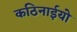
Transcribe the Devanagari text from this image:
कठिनाईयो